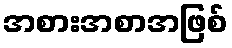
အစားအစာအဖြစ်